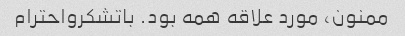
ممنون، مورد علاقه همه بود. باتشکرواحترام